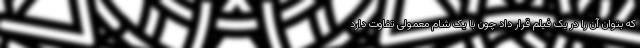
که بتوان آن را در یک فیلم قرار داد چون با یک شام معمولی تفاوت دارد